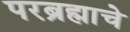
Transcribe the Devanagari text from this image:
परब्रह्माचे